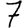
Digit: 7